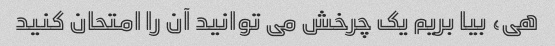
هی، بیا بریم یک چرخش می توانید آن را امتحان کنید